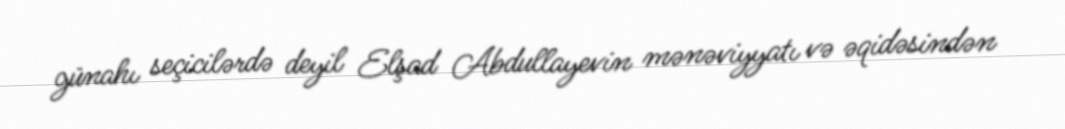
günahı seçicilərdə deyil Elşad Abdullayevin mənəviyyatı və əqidəsindən